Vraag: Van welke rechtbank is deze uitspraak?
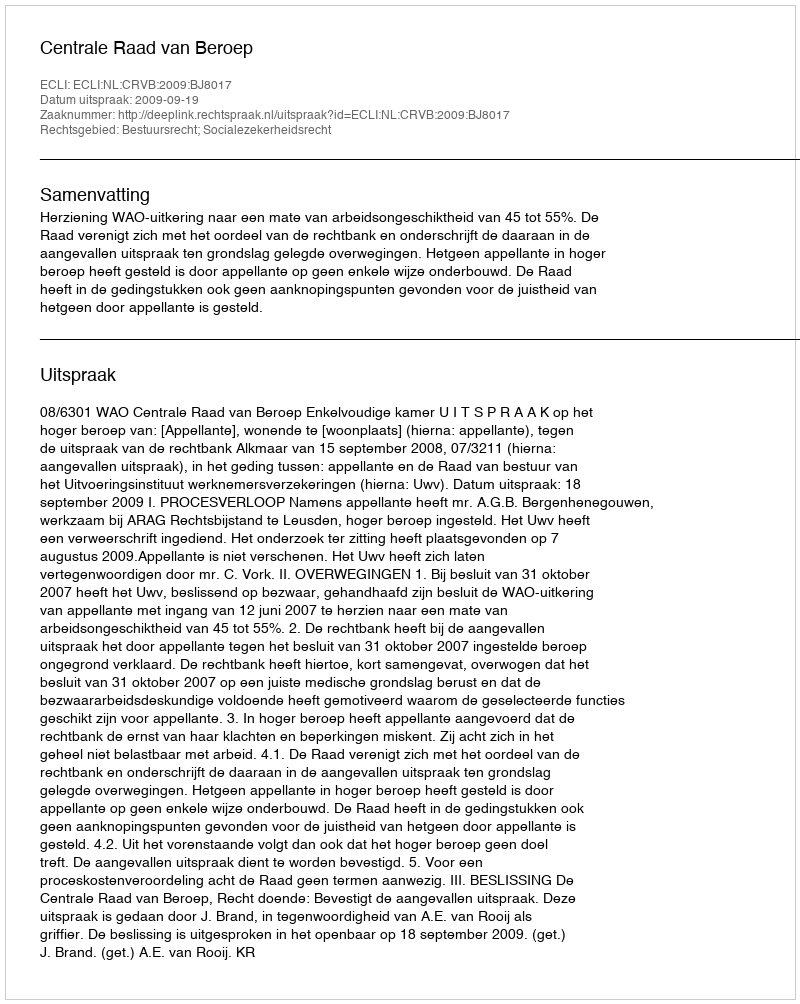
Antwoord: Centrale Raad van Beroep